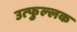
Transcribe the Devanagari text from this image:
उत्‍फुल्‍लक